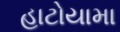
હાટોયામા